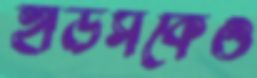
হাউসকেও